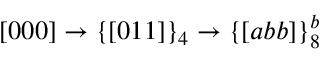
[ 0 0 0 ] \rightarrow \{ [ 0 1 1 ] \} _ { 4 } \rightarrow \{ [ a b b ] \} _ { 8 } ^ { b }